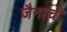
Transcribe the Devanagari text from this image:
जैनाची